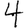
Digit: 4